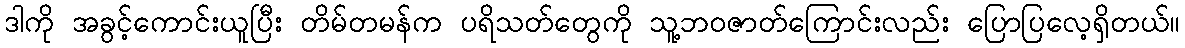
ဒါကို အခွင့်ကောင်းယူပြီး တိမ်တမန်က ပရိသတ်တွေကို သူ့ဘဝဇာတ်ကြောင်းလည်း ပြောပြလေ့ရှိတယ်။